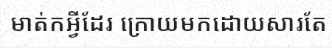
មាត់កអ្វីដែរ ក្រោយមកដោយសារតែ